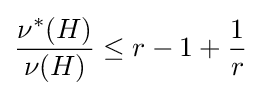
{\frac {\nu ^{*}(H)}{\nu (H)}}\leq r-1+{\frac {1}{r}}